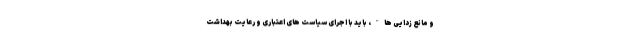
و مانع زدایی ها"، باید با اجرای سیاست های اعتباری و رعایت بهداشت